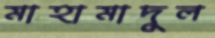
মাহামাদুল